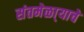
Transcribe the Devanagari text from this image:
संतमेळा्याचे